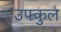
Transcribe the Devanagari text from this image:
उफ्कुल